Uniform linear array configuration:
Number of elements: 4
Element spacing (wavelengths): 1
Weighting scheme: binomial
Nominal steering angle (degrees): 30
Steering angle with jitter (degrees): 30.022
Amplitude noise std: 0.05
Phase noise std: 0.05

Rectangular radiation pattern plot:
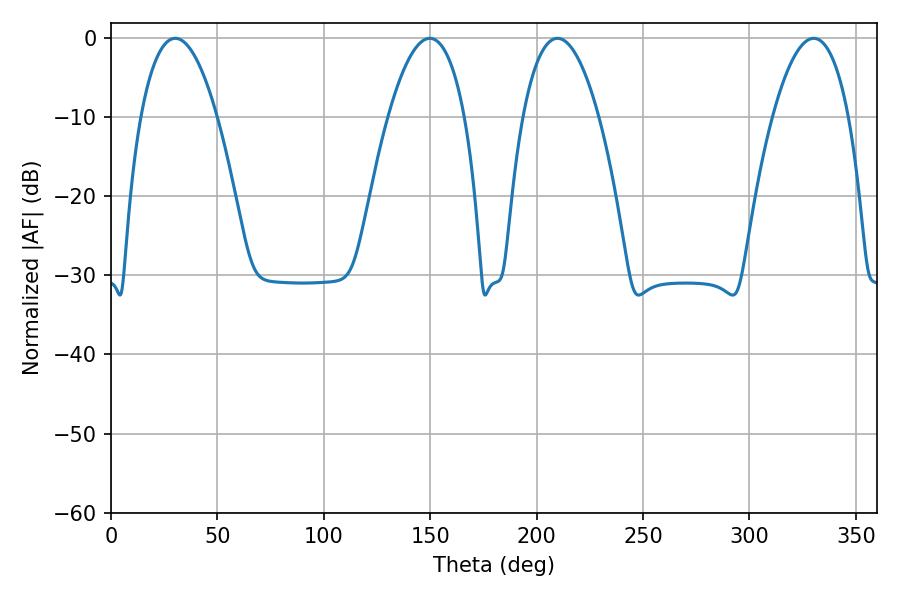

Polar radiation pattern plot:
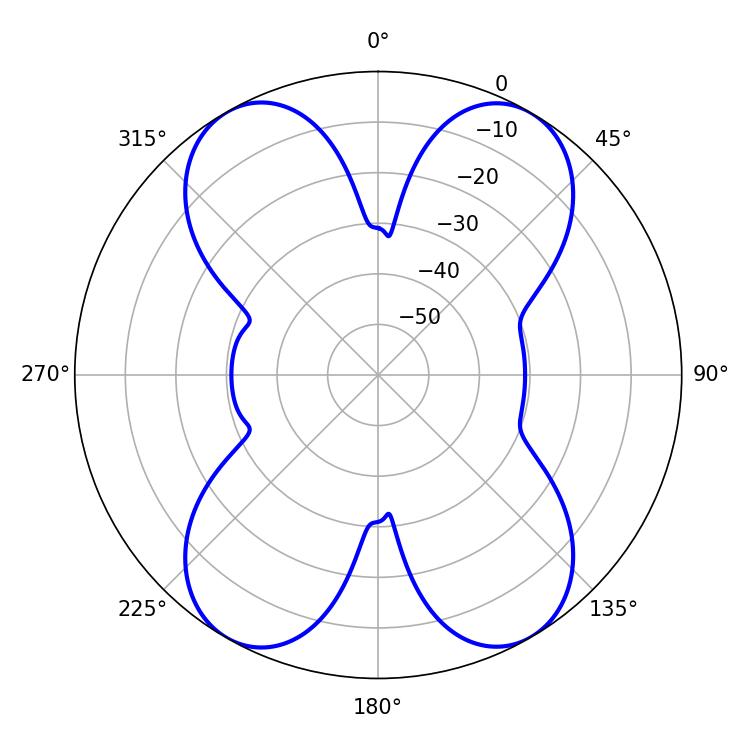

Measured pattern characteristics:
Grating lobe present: TRUE
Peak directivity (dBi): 23.942
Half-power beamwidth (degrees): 19.98
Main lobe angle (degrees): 30.24